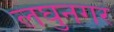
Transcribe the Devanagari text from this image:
लघुनगर